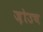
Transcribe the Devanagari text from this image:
ज़ोउच